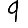
Digit: 9